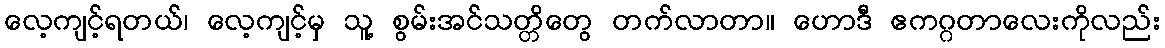
လေ့ကျင့်ရတယ်၊ လေ့ကျင့်မှ သူ့ စွမ်းအင်သတ္တိတွေ တက်လာတာ။ ဟောဒီ ဧကဂ္ဂတာလေးကိုလည်း